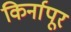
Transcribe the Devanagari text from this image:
किर्नापूर